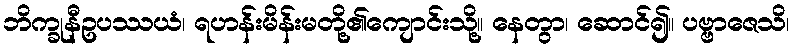
ဘိက္ခုနီဥပဿယံ၊ ရဟန်းမိန်းမတို့၏ကျောင်းသို့။ နေတွာ၊ ဆောင်၍။ ပဗ္ဗာဇေသိ၊